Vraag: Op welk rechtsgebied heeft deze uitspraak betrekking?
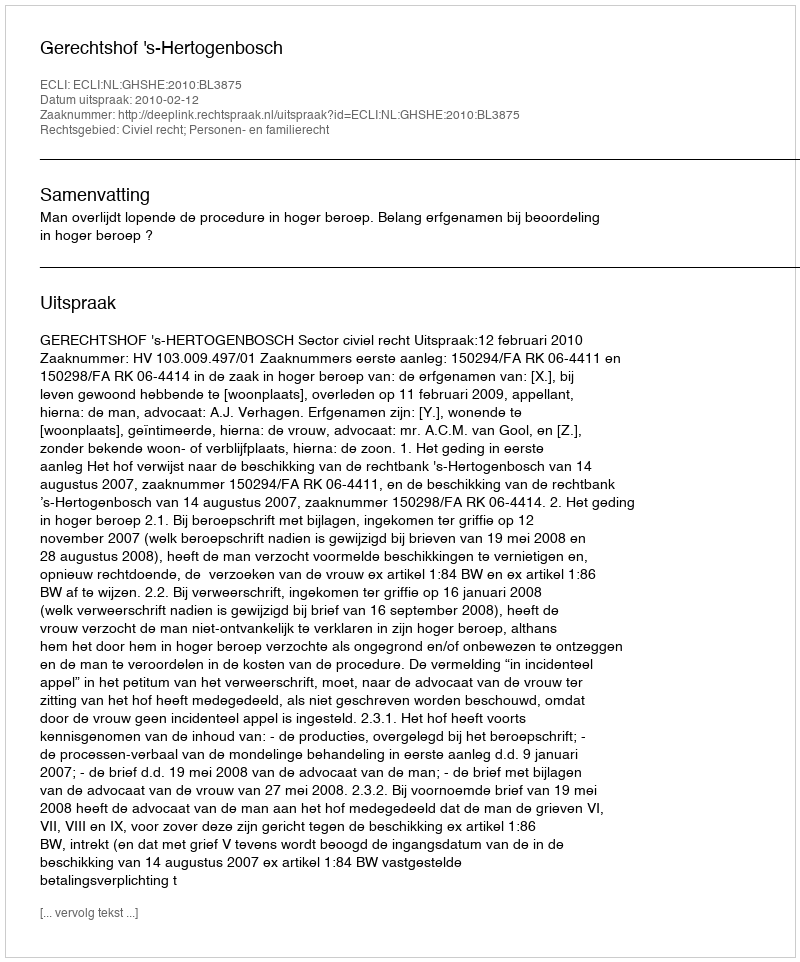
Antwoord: Civiel recht; Personen- en familierecht